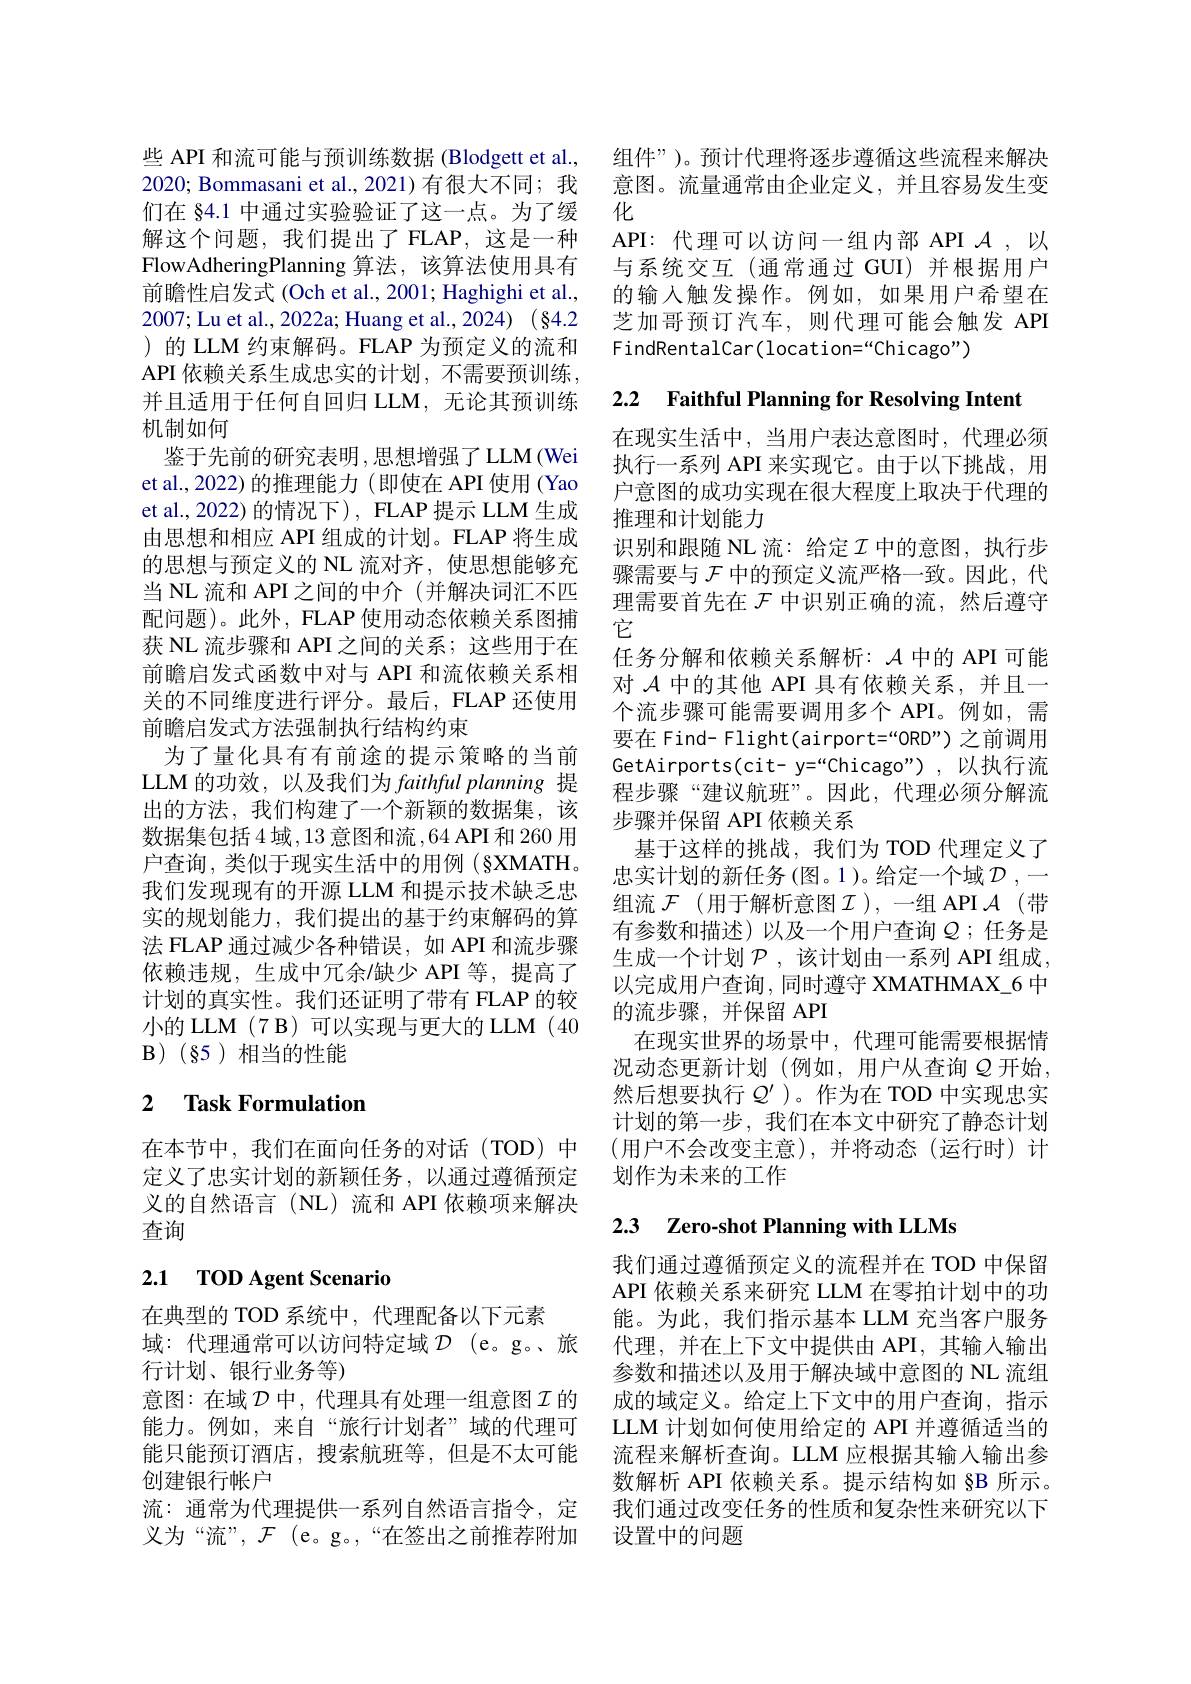
们在 §4.1 中通过实验验证了这一点。为了缓解这个问题，我们提出了FLAP，这是一种FlowAdheringPlanning 算法，该算法使用具有前瞻性启发式 (Och et al., 2001; Haghighi et al., 2007; Lu et al., 2022a; Huang et al., 2024)$(\S4.2$ )的 LLM 约束解码。FLAP 为预定义的流和API 依赖关系生成忠实的计划，不需要预训练并且适用于任何自回归 LLM, 无论其预训练机制如何
鉴于先前的研究表明，思想增强了LLM(Wei et al.,2022) 的推理能力 (即使在 API 使用 (Yao et al.,2022) 的情况下), FLAP 提示 LLM 生成由思想和相应 API 组成的计划。FLAP 将生成的思想与预定义的 NL 流对齐，使思想能够充当 NL 流和 API 之间的中介 (并解决词汇不匹配问题)。此外，FLAP 使用动态依赖关系图捕获 NL 流步骤和 API 之间的关系；这些用于在前瞻启发式函数中对与 API 和流依赖关系相关的不同维度进行评分。最后，FLAP 还使用前瞻启发式方法强制执行结构约束
为了量化具有有前途的提示策略的当前LLM 的功效，以及我们为 faithful planning 提出的方法，我们构建了一个新颖的数据集，该数据集包括4域，13意图和流，64API 和260用户查询，类似于现实生活中的用例(§XMATH。我们发现现有的开源 LLM 和提示技术缺乏忠实的规划能力，我们提出的基于约束解码的算法 FLAP 通过减少各种错误，如 API 和流步骤依赖违规，生成中冗余/缺少 API 等，提高了计划的真实性。我们还证明了带有 FLAP 的较小的 LLM (7 B) 可以实现与更大的 LLM (40 $\mathbf{B})(85)$相当的性能

# 2 Task Formulation

在本节中，我们在面向任务的对话(TOD)中定义了忠实计划的新颖任务，以通过遵循预定义的自然语言(NL)流和 API 依赖项来解决查询

# 2.1 TOD Agent Scenario

在典型的 TOD 系统中，代理配备以下元素
域：代理通常可以访问特定域$\mathcal{D}$ (e。g。、旅
行计划、银行业务等)
意图：在域$\mathcal{D}$中，代理具有处理一组意图$\mathcal{I}$的能力。例如，来自“旅行计划者”域的代理可能只能预订酒店，搜索航班等，但是不太可能创建银行帐户
流：通常为代理提供一系列自然语言指令，定义为“流”,$\mathcal{F}$(e。g。,“在签出之前推荐附加

些 API 和流可能与预训练数据 (Blodgett et al., 组件”)。预计代理将逐步遵循这些流程来解决2020; Bommasani et al., 2021) 有很大不同；我 意图。流量通常由企业定义，并且容易发生变
化
API: 代理可以访问一组内部 API $\mathcal{A}$,以与系统交互(通常通过 GUI)并根据用户的输入触发操作。例如，如果用户希望在芝加哥预订汽车，则代理可能会触发 API FindRentalCar(location=“Chicago")

2.2 Faithful Planning for Resolving Intent

在现实生活中，当用户表达意图时，代理必须执行一系列 API 来实现它。由于以下挑战，用户意图的成功实现在很大程度上取决于代理的推理和计划能力
识别和跟随 NL 流：给定$\mathcal{I}$ 中的意图，执行步骤需要与$\mathcal{F}$中的预定义流严格一致。因此，代理需要首先在$\mathcal{F}$中识别正确的流，然后遵守它
任务分解和依赖关系解析：$\mathcal{A}$中的 API 可能对$\mathcal{A}$中的其他 API 具有依赖关系，并且一个流步骤可能需要调用多个 API。例如，需要在 Find- Flight(airport=“ORD”) 之前调用GetAirports(cit- y=“Chicago”) ,以执行流程步骤“建议航班”。因此，代理必须分解流步骤并保留 API 依赖关系
基于这样的挑战，我们为 TOD 代理定义了忠实计划的新任务(图。1)。给定一个域 $\mathcal{D}$,一组流 $\mathcal{F}$ (用于解析意图$\mathcal{I})$, 一组 API $\mathcal{A}$ (带有参数和描述)以及一个用户查询$Q$ ;任务是生成一个计划$\mathcal{P}$,该计划由一系列 API 组成以完成用户查询，同时遵守 XMATHMAX\_6 中的流步骤，并保留 API
在现实世界的场景中，代理可能需要根据情况动态更新计划(例如，用户从查询$Q$开始， 然后想要执行$Q^\prime$ )。作为在 TOD 中实现忠实计划的第一步，我们在本文中研究了静态计划(用户不会改变主意),并将动态(运行时)计划作为未来的工作

## 2.3 Zero-shot Planning with LLMs

我们通过遵循预定义的流程并在 TOD 中保留API 依赖关系来研究 LLM 在零拍计划中的功能。为此，我们指示基本 LLM 充当客户服务代理，并在上下文中提供由 API, 其输入输出参数和描述以及用于解决域中意图的 NL 流组成的域定义。给定上下文中的用户查询，指示LLM 计划如何使用给定的 API 并遵循适当的流程来解析查询。LLM 应根据其输入输出参数解析 API 依赖关系。提示结构如 §B 所示。我们通过改变任务的性质和复杂性来研究以下设置中的问题